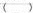
（）